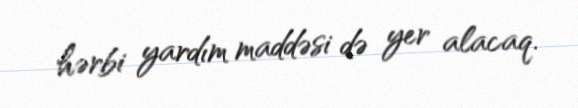
hərbi yardım maddəsi də yer alacaq.